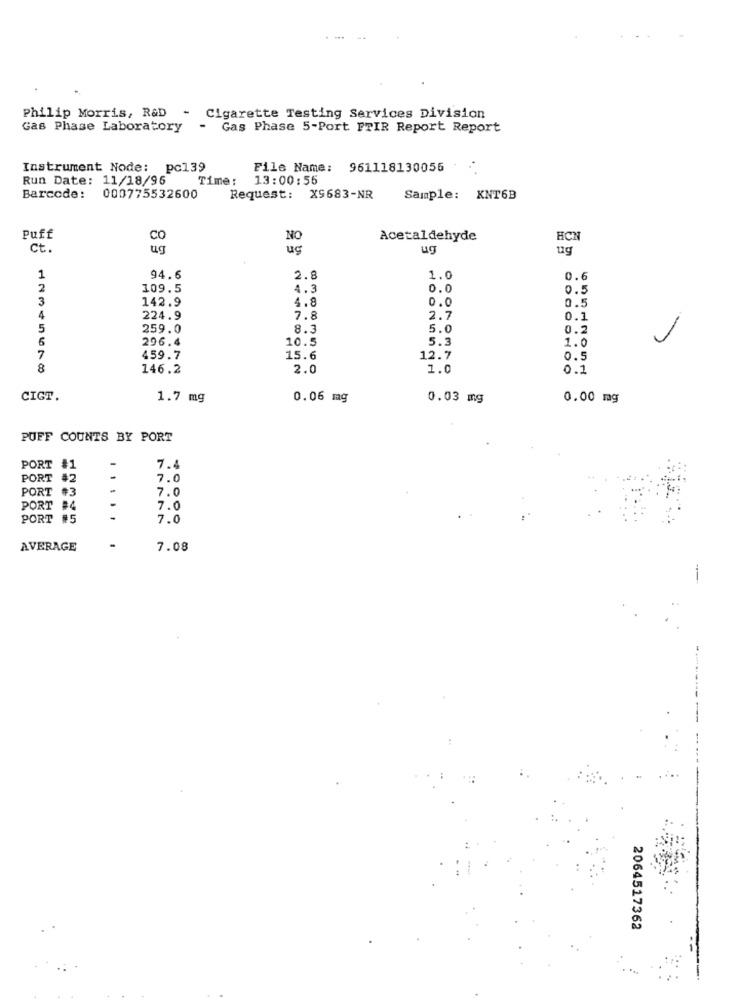
Philip Morris, R&D - Cigarette Testing Services Division
Gas Phase Laboratory
-
Gas Phase 5-Port FTIR Report Report
Instrument Node: pc139
File Name: 961118130056
Run Date: 11/18/96
Time:
13:00:55
Barcode:
000775532600
Request: X9683-NR
Sample: XNT6B
Puff
CO
NO
Acetaldehyde
HCN
Ct.
ug
ug
ug
1
94.6
2.8
1.0
0.6
2
109.5
4.3
0.0
0.5
3
142.9
4
4.8
0.0
0.5
224.9
7.8
2.7
0.1
5
259.0
8.3
5.0
0.2
6
296.4
10.5
5.3
1.0
7
459.7
15.6
12.7
0.5
8
146.2
2.0
1.0
0.1
CIGT.
1.7 mg
0.06 mg
0.03 mg
0.00 mg
PUFF COUNTS BY PORT
PORT #1
-
7.4
PORT #2
-
7.0
PORT
#3
7.0
PORT #4
7.0
PORT #5
7.0
AVERAGE
7.08
2064517362
.: